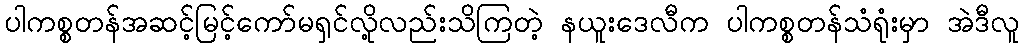
ပါကစ္စတန်အဆင့်မြင့်ကော်မရှင်လို့လည်းသိကြတဲ့ နယူးဒေလီက ပါကစ္စတန်သံရုံးမှာ အဲဒီလူ